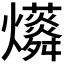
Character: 𱬭